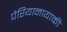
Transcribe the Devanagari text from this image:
पेरियानायाकी